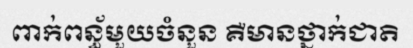
ពាក់ពន្ធ័មួយចំនួន គឺមានថ្នាក់ជាតិ